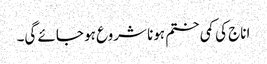
اناج کی کمی ختم ہونا شروع ہو جائے گی۔